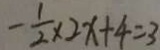
- \frac { 1 } { 2 } \times 2 x + 4 = 3